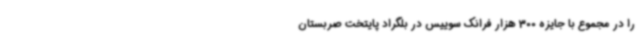
را در مجموع با جایزه 300 هزار فرانک سوییس در بلگراد پایتخت صربستان